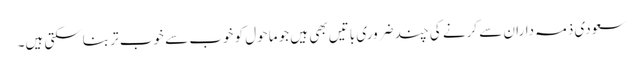
سعودی ذمہ داران سے کرنے کی چند ضروری باتیں بھی ہیں جو ماحول کو خوب سے خوب تر بناسکتی ہیں۔